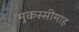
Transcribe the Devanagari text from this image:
मुकस्सीमाह